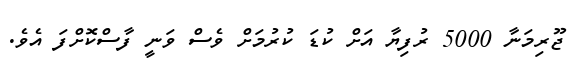
ޖޫރިމަނާ 5000 ރުފިޔާ އަށް ކުޑަ ކުރުމަށް ވެސް ވަނީ ފާސްކޮށްފަ އެވެ.